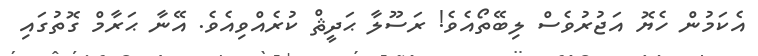
އެކަމުން ހެޔޮ އަޖުރުވެސް ލިބޭތޯއެވެ! ރަސޫލާ ޙަދީޘް ކުރެއްވިއެވެ. އޭނާ ޙަރާމް ގޮތުގައި